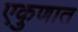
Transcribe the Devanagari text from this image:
एकुणात